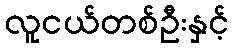
လူငယ်တစ်ဦးနှင့်